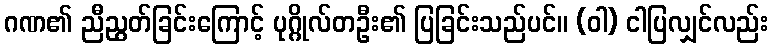
ဂဏ၏ ညီညွတ်ခြင်းကြောင့် ပုဂ္ဂိုလ်တဦး၏ ပြခြင်းသည်ပင်။ (ဝါ) ငါပြလျှင်လည်း